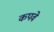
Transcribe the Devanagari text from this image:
कपवे